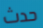
حدث